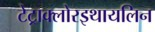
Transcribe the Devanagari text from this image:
टेट्राक्लोरइथायलिन